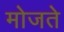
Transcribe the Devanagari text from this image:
मोजते